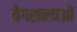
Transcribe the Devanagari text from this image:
वेगशालाओं